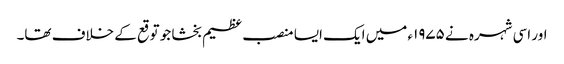
اور اسی شہرہ نے ۱۹۷۵ء میں ایک ایسا منصب عظیم بخشا جو توقع کے خلاف تھا۔